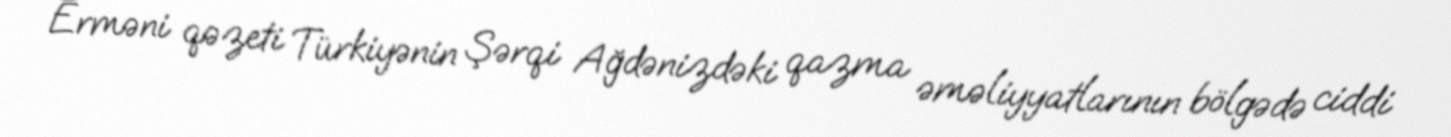
Erməni qəzeti Türkiyənin Şərqi Ağdənizdəki qazma əməliyyatlarının bölgədə ciddi